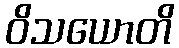
ဝိသယောတိ